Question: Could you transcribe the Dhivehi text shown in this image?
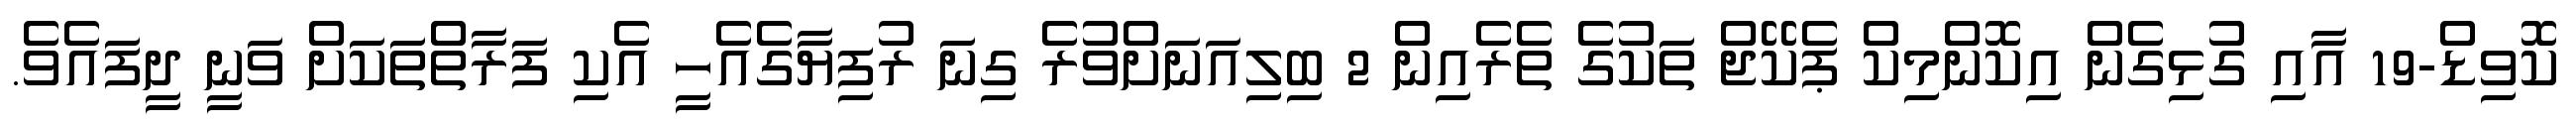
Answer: ކޮވިޑް-19 އާއި ގުޅިގެން އިކޮންމިކް ޕެކޭޖް ތަކުގެ ތެރެއިން 2 ބިލިއަނަށްވުރެ ގިނަ ރުފިޔާގެއެހީ އެކި ފަރާތްތަކަށް ވަނީ ދީފައެވެ.